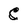
Character: C